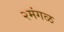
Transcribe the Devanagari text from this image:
२मंगळ